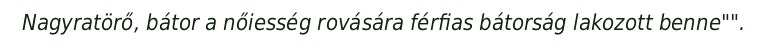
Nagyratörő, bátor a nőiesség rovására férfias bátorság lakozott benne"".